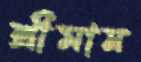
শ্রীমান